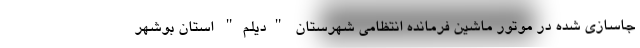
جاسازی شده در موتور ماشین فرمانده انتظامی شهرستان "دیلم" استان بوشهر